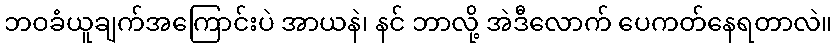
ဘဝခံယူချက်အကြောင်းပဲ အာယနဲ၊ နင် ဘာလို့ အဲဒီလောက် ပေကတ်နေရတာလဲ။